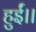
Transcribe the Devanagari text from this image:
हुईं।।